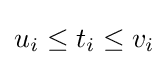
u_{i}\leq t_{i}\leq v_{i}